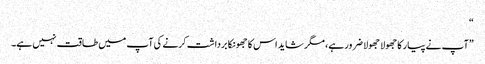
“
”آپ نے پیار کا جھولا جھولا ضرور ہے، مگر شاید اس کا جھونکا برداشت کرنے کی آپ میں طاقت نہیں ہے۔